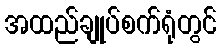
အထည်ချုပ်စက်ရုံတွင်